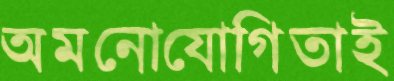
অমনোযোগিতাই